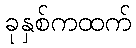
ခုနှစ်ကထက်